Senior Leaving Certificate Examination (including Day School Certificate (Higher) General paper), 1948
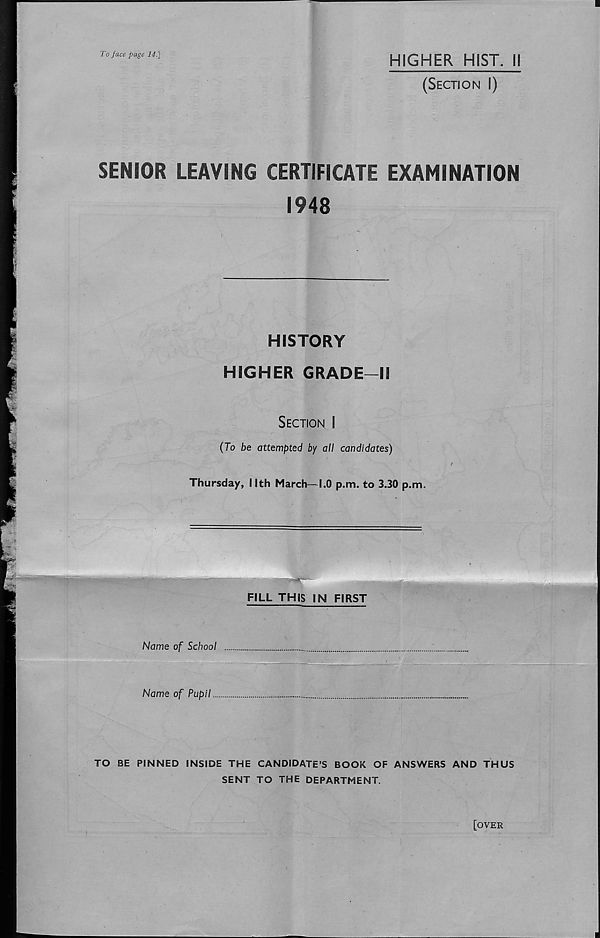
To face page 14.~\
HIGHER HIST, il
(Section I)
SENIOR LEAVING CERTIFICATE EXAMINATION
1948
HISTORY
HIGHER GRADE—II
Section I
(To be attempted by all candidates)
Thursday, Nth March—1.0 p.m. to 3.30 p.m.
FILL THIS IN FIRST
Name of School
Name of Pupil
TO BE PINNED INSIDE THE CANDIDATE’S BOOK OF ANSWERS AND THUS
SENT TO THE DEPARTMENT.
[OVER